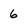
Character: 6